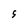
Character: S